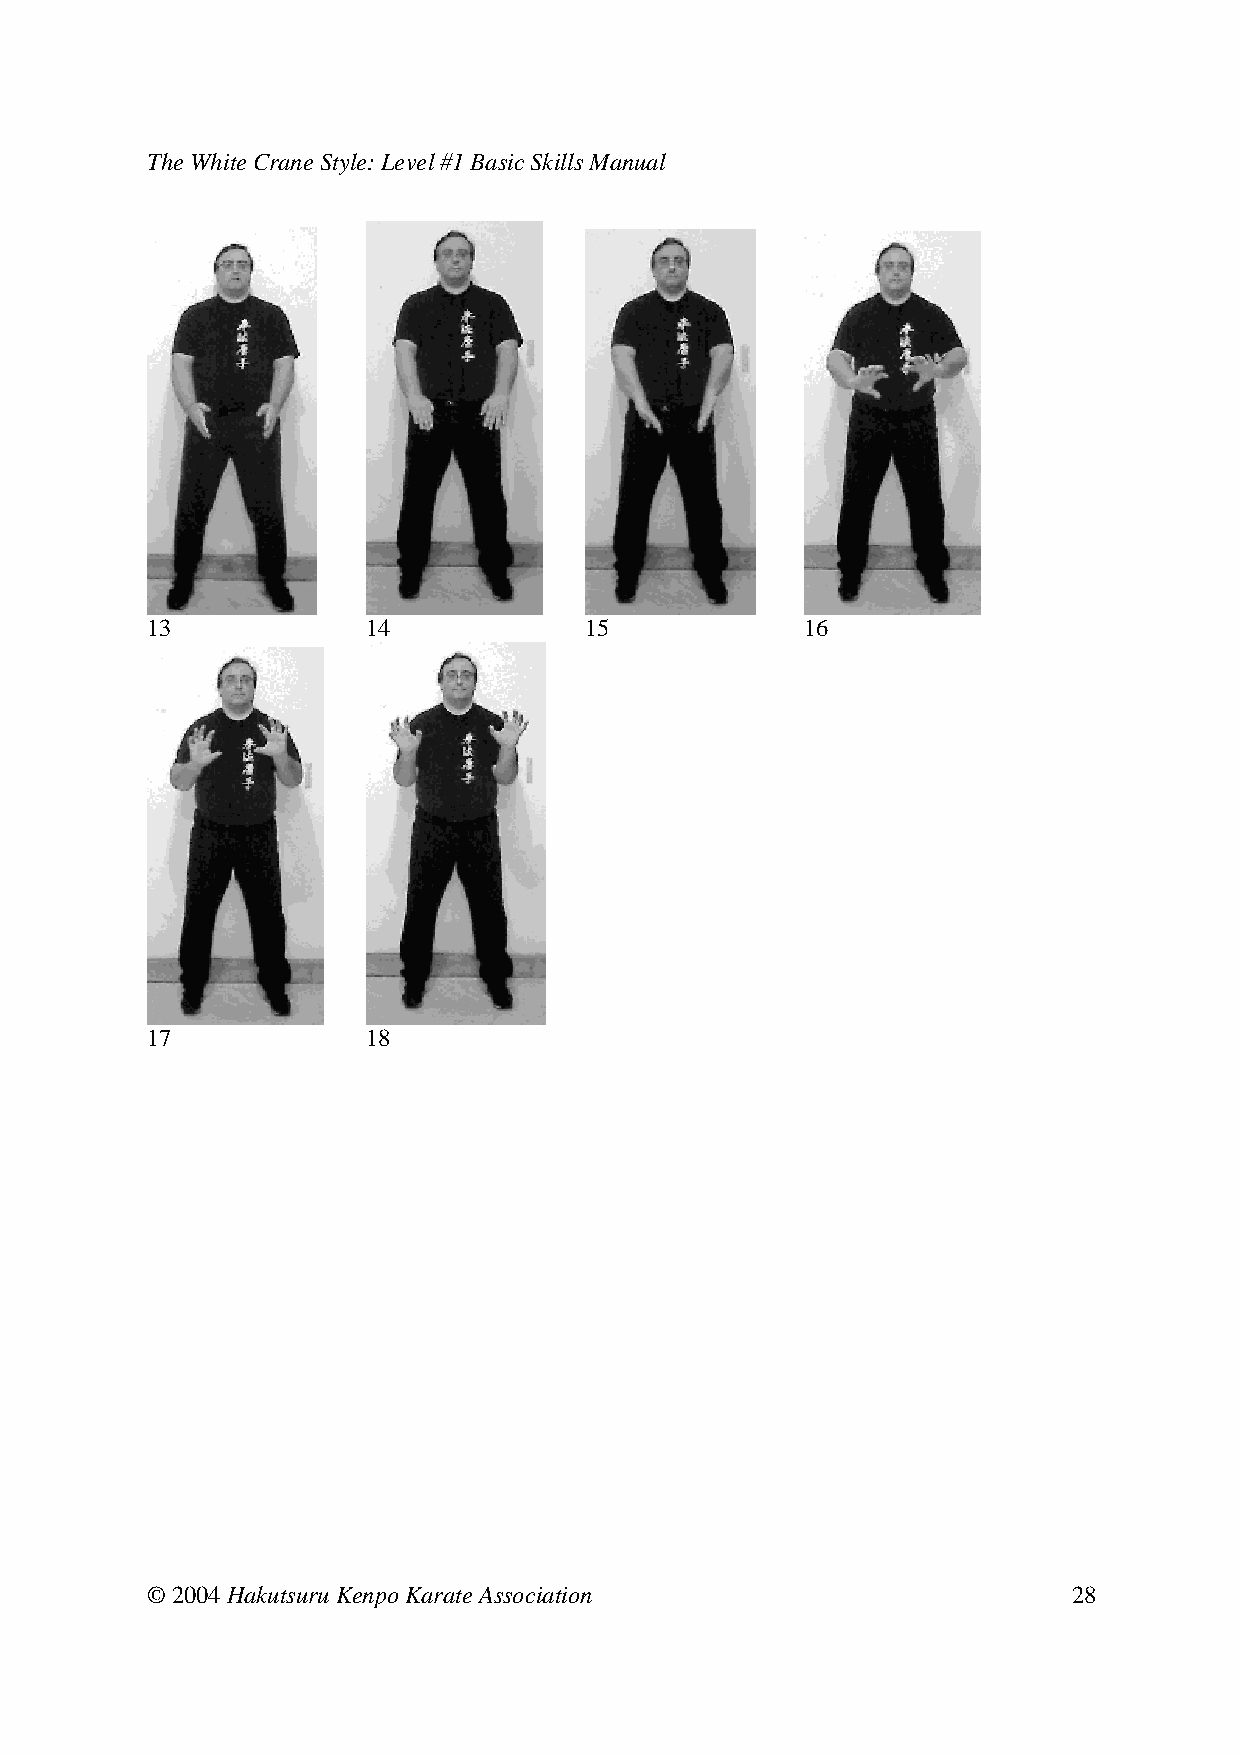
The White Crane Style: Level #1 Basic Skills Manual
 13     14     15      16
 17     18
 © 2004 Hakutsuru Kenpo Karate Association                    28